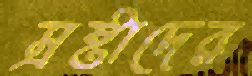
স্রষ্টাদের